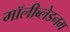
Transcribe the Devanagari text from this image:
मॉलीब्लेडनम